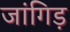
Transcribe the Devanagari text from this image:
जांगिड़